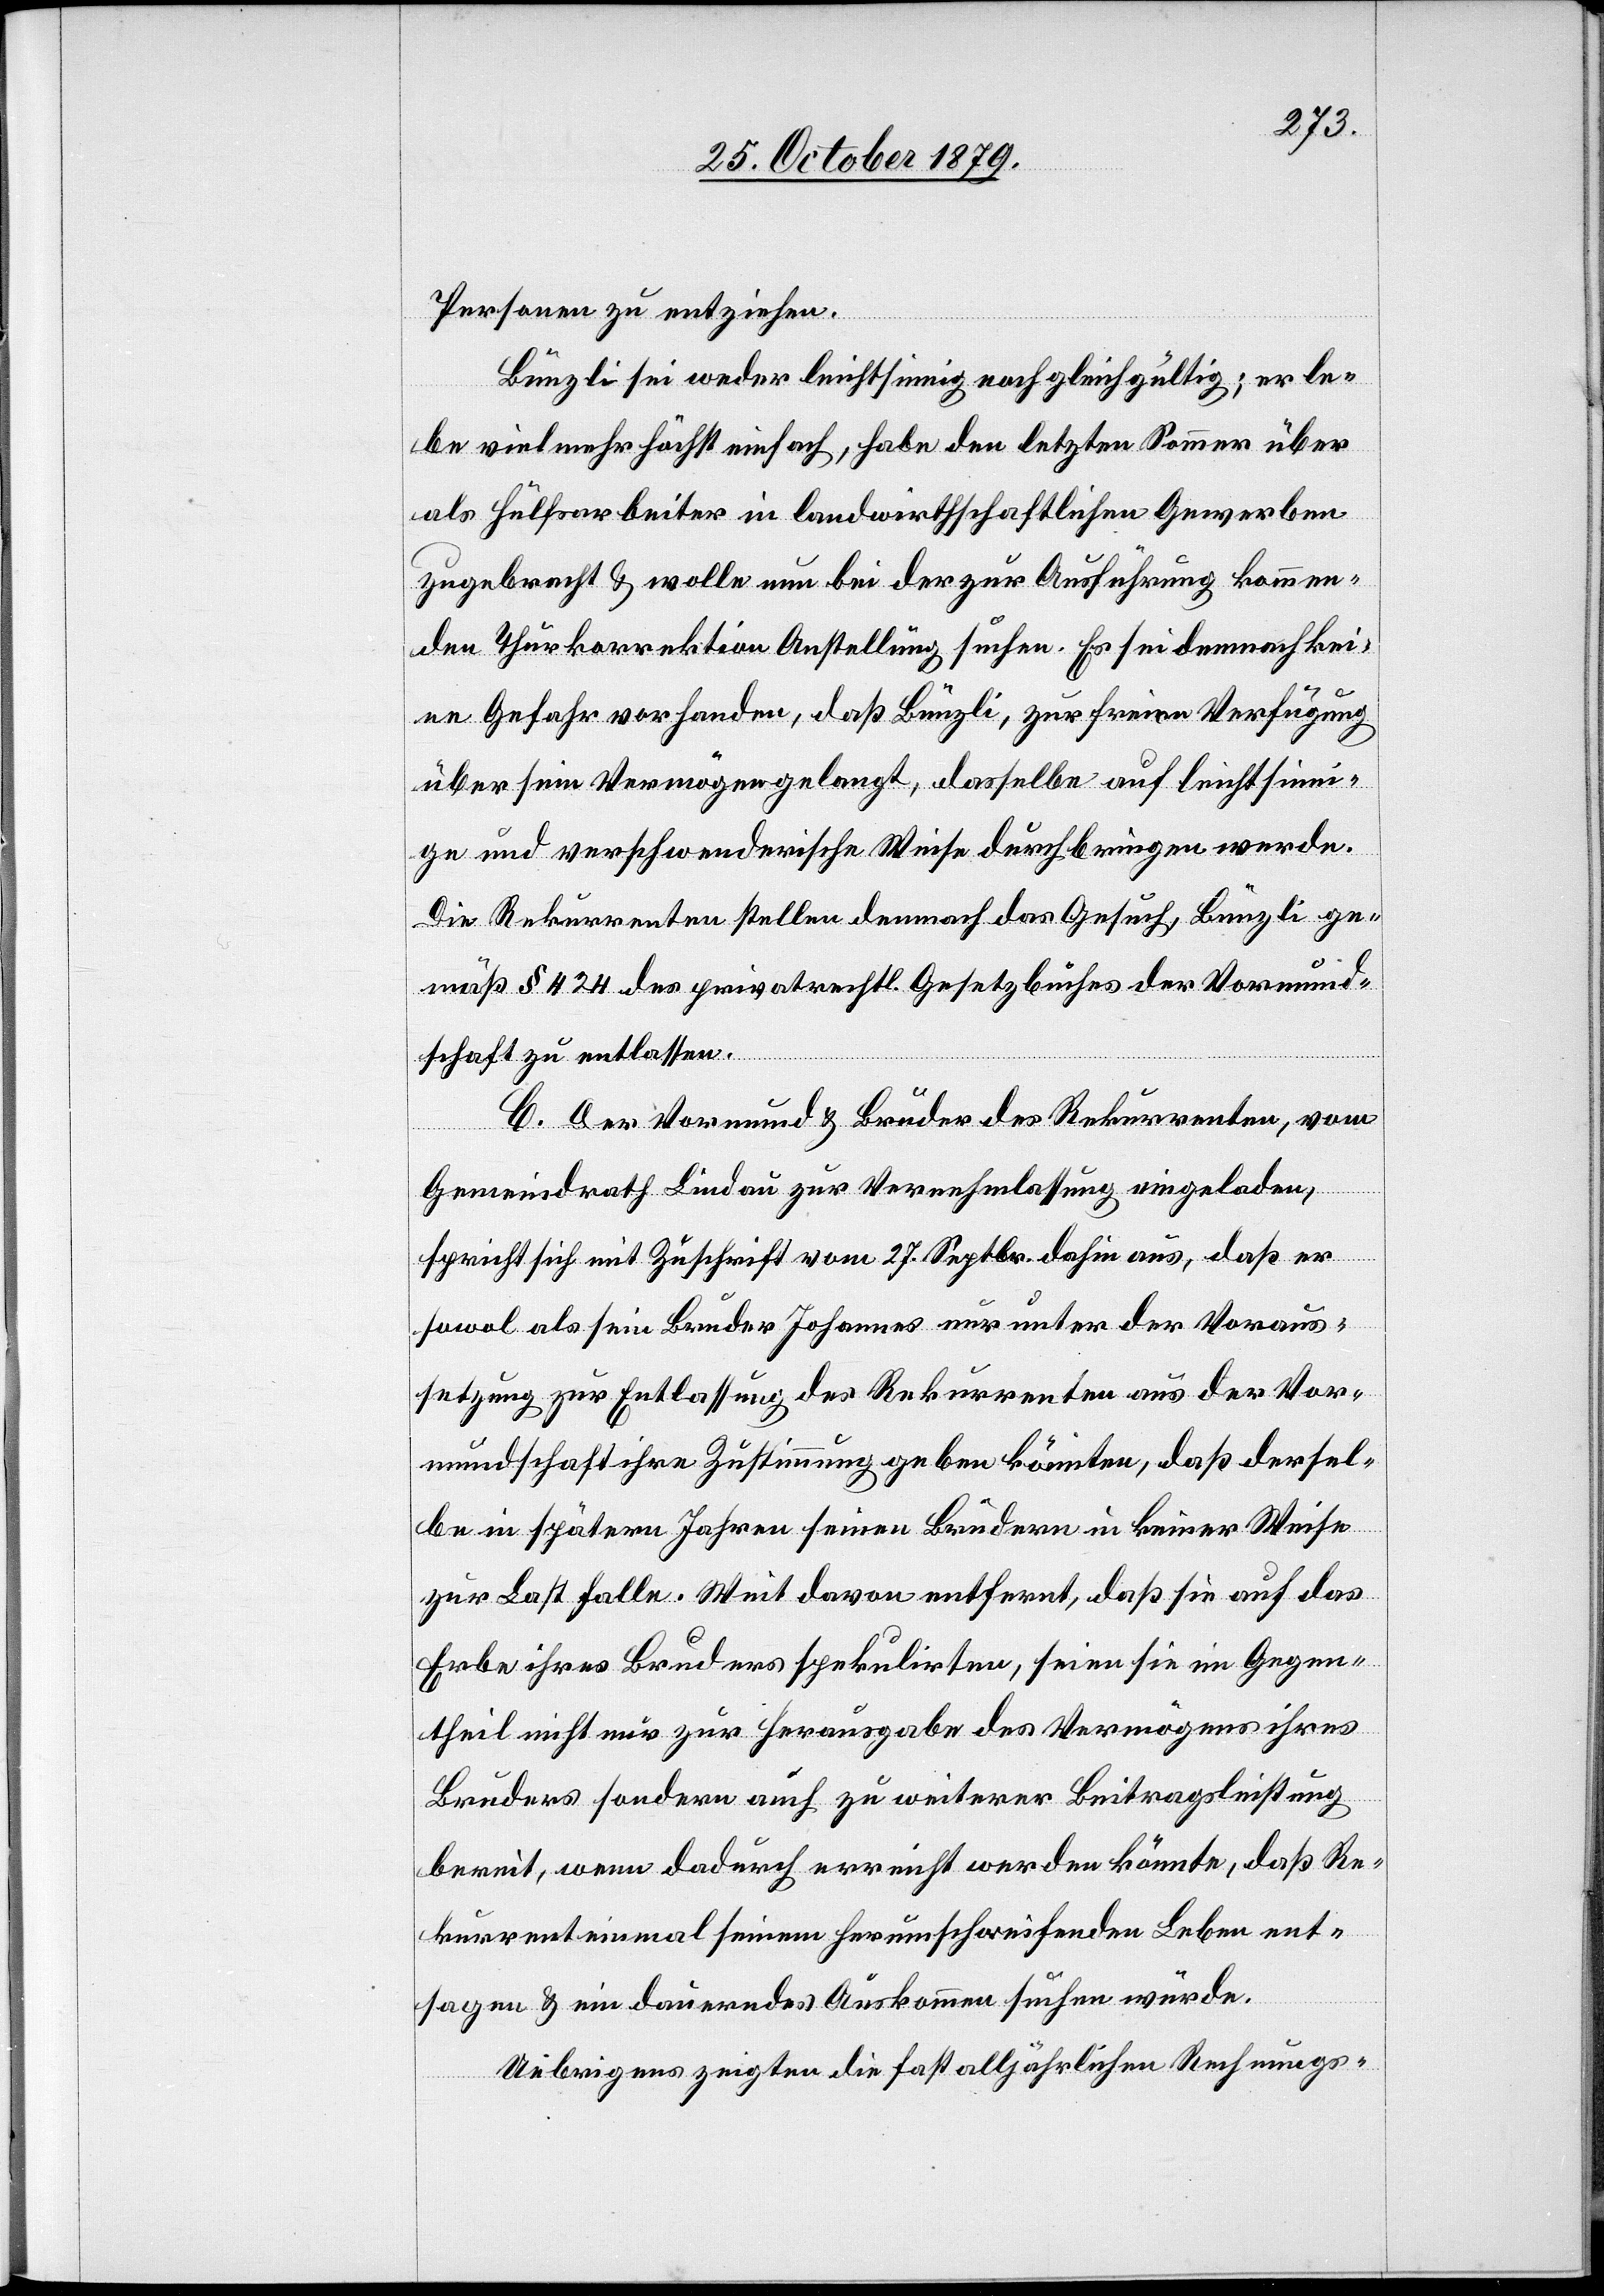
Personen zu entziehen.
Bünzli sei weder leichtsinnig noch gleichgültig; er le¬
be vielmehr höchst einfach, habe den letzten Sommer über
als Hülfsarbeiter in landwirthschaftlichen Gewerben
zugebracht & wolle nun bei der zur Ausführung kommen¬
den Thurkorrektion Anstellung suchen. Es sei demnach kei¬
ne Gefahr vorhanden, daß Bünzli, zur freien Verfügung
über sein Vermögen gelangt, dasselbe auf leichtsinni¬
ge und verschwenderische Weise durchbringen werde.
Die Rekurrenten stellen demnach das Gesuch, Bünzli ge¬
mäß § 424 des privatrechtl. Gesetzbuches der Vormund¬
schaft zu entlassen.
C. Der Vormund & Bruder des Rekurrenten, vom
Gemeindrath Lindau zur Vernehmlassung eingeladen,
spricht sich mit Zuschrift vom 27. Septbr. dahin aus, daß er
sowol als sein Bruder Johannes nur unter der Voraus¬
setzung zur Entlassung des Rekurrenten aus der Vor¬
mundschaft ihre Zustimmung geben könnten, daß dersel¬
be in späteren Jahren seinen Brüdern in keiner Weise
zur Last falle. Weit davon entfernt, daß sie auf das
Erbe ihres Bruders spekulirten, seien sie im Gegen¬
theil nicht nur zur Herausgabe des Vermögens ihres
Bruders sondern auch zu weiterer Beitragsleistung
bereit, wenn dadurch erreicht werden könnte, daß Re¬
kurrent einmal seinem herumschweifenden Leben ent¬
sagen & ein dauerndes Auskommen suchen würde.
Uebrigens zeigten die fast alljährlichen Rechnungs-